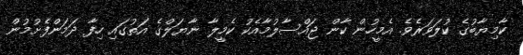
ކާމިޔާބުގެ ކުލަވަރެވެ. އެމީހުން ކާން ޖައްސާލުމާއެކު ކެމީލާ ނާޔަލްގެ އަތުގައި ހިފާ ދަމަންފެށުމުން